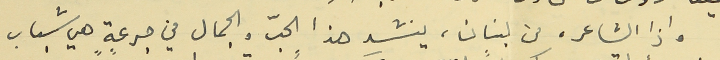
واذا الشاعر، من لبنان، ينشد هذا الحبّ والجمال في جرعةٍ هي شباب